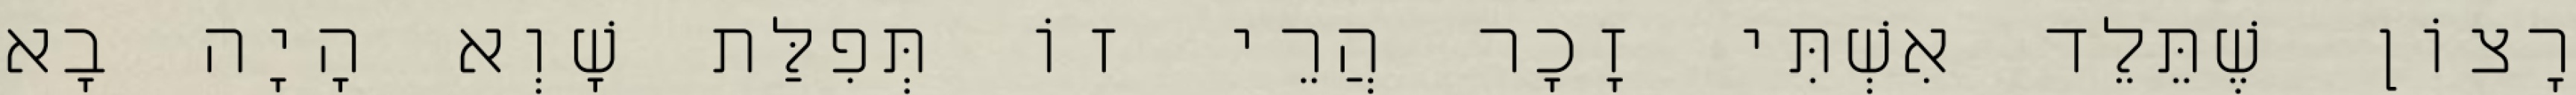
רָצוֹן שֶׁתֵּלֵד אִשְׁתִּי זָכָר הֲרֵי זוֹ תְּפִלַּת שָׁוְא הָיָה בָא